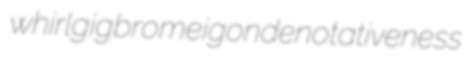
whirlgig bromeigon denotativeness